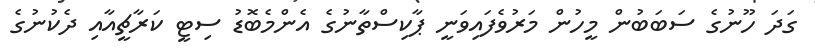
ގަދަ ހޫނުގެ ސަބަބުން މީހުން މަރުވެފައިވަނީ ޕާކިސްތާނުގެ އެންމެބޮޑު ސިޓީ ކަރާޗީއާއި ދެކުނުގެ